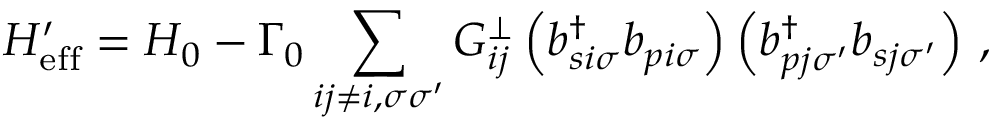
H _ { \mathrm { e f f } } ^ { \prime } = H _ { 0 } - \Gamma _ { 0 } \sum _ { i j \neq i , \sigma \sigma ^ { \prime } } G _ { i j } ^ { \perp } \left( b _ { s i \sigma } ^ { \dagger } b _ { p i \sigma } \right) \left( b _ { p j \sigma ^ { \prime } } ^ { \dagger } b _ { s j \sigma ^ { \prime } } \right) \, ,